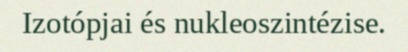
Izotópjai és nukleoszintézise.